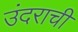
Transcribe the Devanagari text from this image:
उंदराची